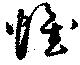
帷